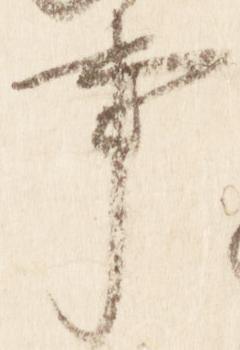
事